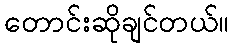
တောင်းဆိုချင်တယ်။